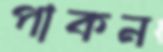
পাকন